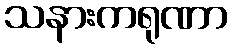
သနားကရုဏာ